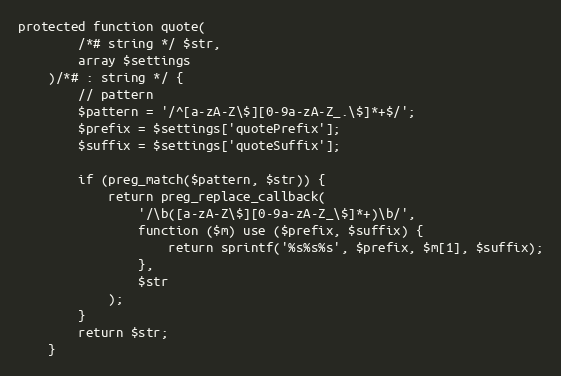
Language: PHP
protected function quote(
        /*# string */ $str,
        array $settings
    )/*# : string */ {
        // pattern
        $pattern = '/^[a-zA-Z\$][0-9a-zA-Z_.\$]*+$/';
        $prefix = $settings['quotePrefix'];
        $suffix = $settings['quoteSuffix'];

        if (preg_match($pattern, $str)) {
            return preg_replace_callback(
                '/\b([a-zA-Z\$][0-9a-zA-Z_\$]*+)\b/',
                function ($m) use ($prefix, $suffix) {
                    return sprintf('%s%s%s', $prefix, $m[1], $suffix);
                },
                $str
            );
        }
        return $str;
    }